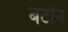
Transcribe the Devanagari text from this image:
बर्टोन